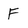
Character: F